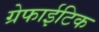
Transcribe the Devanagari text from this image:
ग्रेफाईटिक